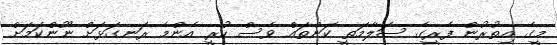
މީގެ އިތުރުން ފެރީގެ ސަލާމަތީ ކަންތައް ވެސް ހުރީ އެންމެ ރަނގަޅަށް ނޫންކަމަށް